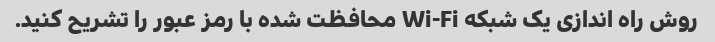
روش راه اندازی یک شبکه Wi-Fi محافظت شده با رمز عبور را تشریح کنید.